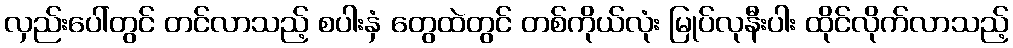
လှည်းပေါ်တွင် တင်လာသည့် စပါးနှံ တွေထဲတွင် တစ်ကိုယ်လုံး မြုပ်လုနီးပါး ထိုင်လိုက်လာသည့်